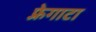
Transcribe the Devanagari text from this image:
फ़्रेगाटा